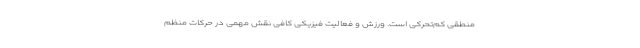
منطقی کم‌تحرکی است. ورزش و فعالیت فیزیکی کافی نقش مهمی در حرکات منظم